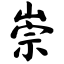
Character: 崇